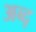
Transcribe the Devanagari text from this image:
अब्द्